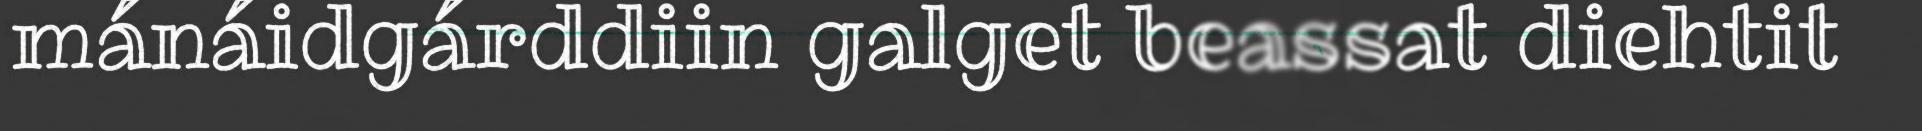
mánáidgárddiin galget beassat diehtit